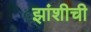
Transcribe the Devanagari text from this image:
झांशीची